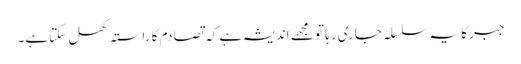
جبر کا یہ سلسلہ جاری رہا تو مجھے اندیشہ ہے کہ تصادم کا راستہ کھل سکتا ہے۔